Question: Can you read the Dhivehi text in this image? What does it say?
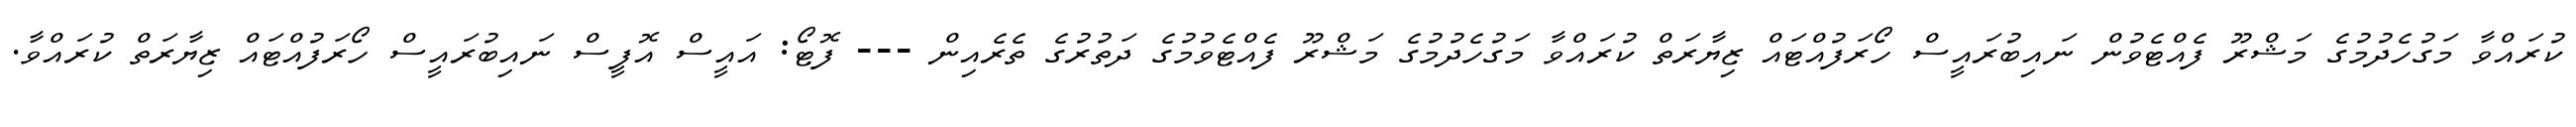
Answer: ކުރައްވާ މަގުހެދުމުގެ މަޝްރޫ ފެއްޓެވުން ނައިބުރައީސް ހޯރަފުއްޓައް ޒިޔާރަތް ކުރައްވާ މަގުހެދުމުގެ މަޝްރޫ ފެއްޓެވުމުގެ ދަތުރުގެ ތެރެއިން --- ފޮޓޯ: އައީސް އޮފީސް ނައިބުރައީސް ހޯރަފުއްޓައް ޒިޔާރަތް ކުރައްވާ.